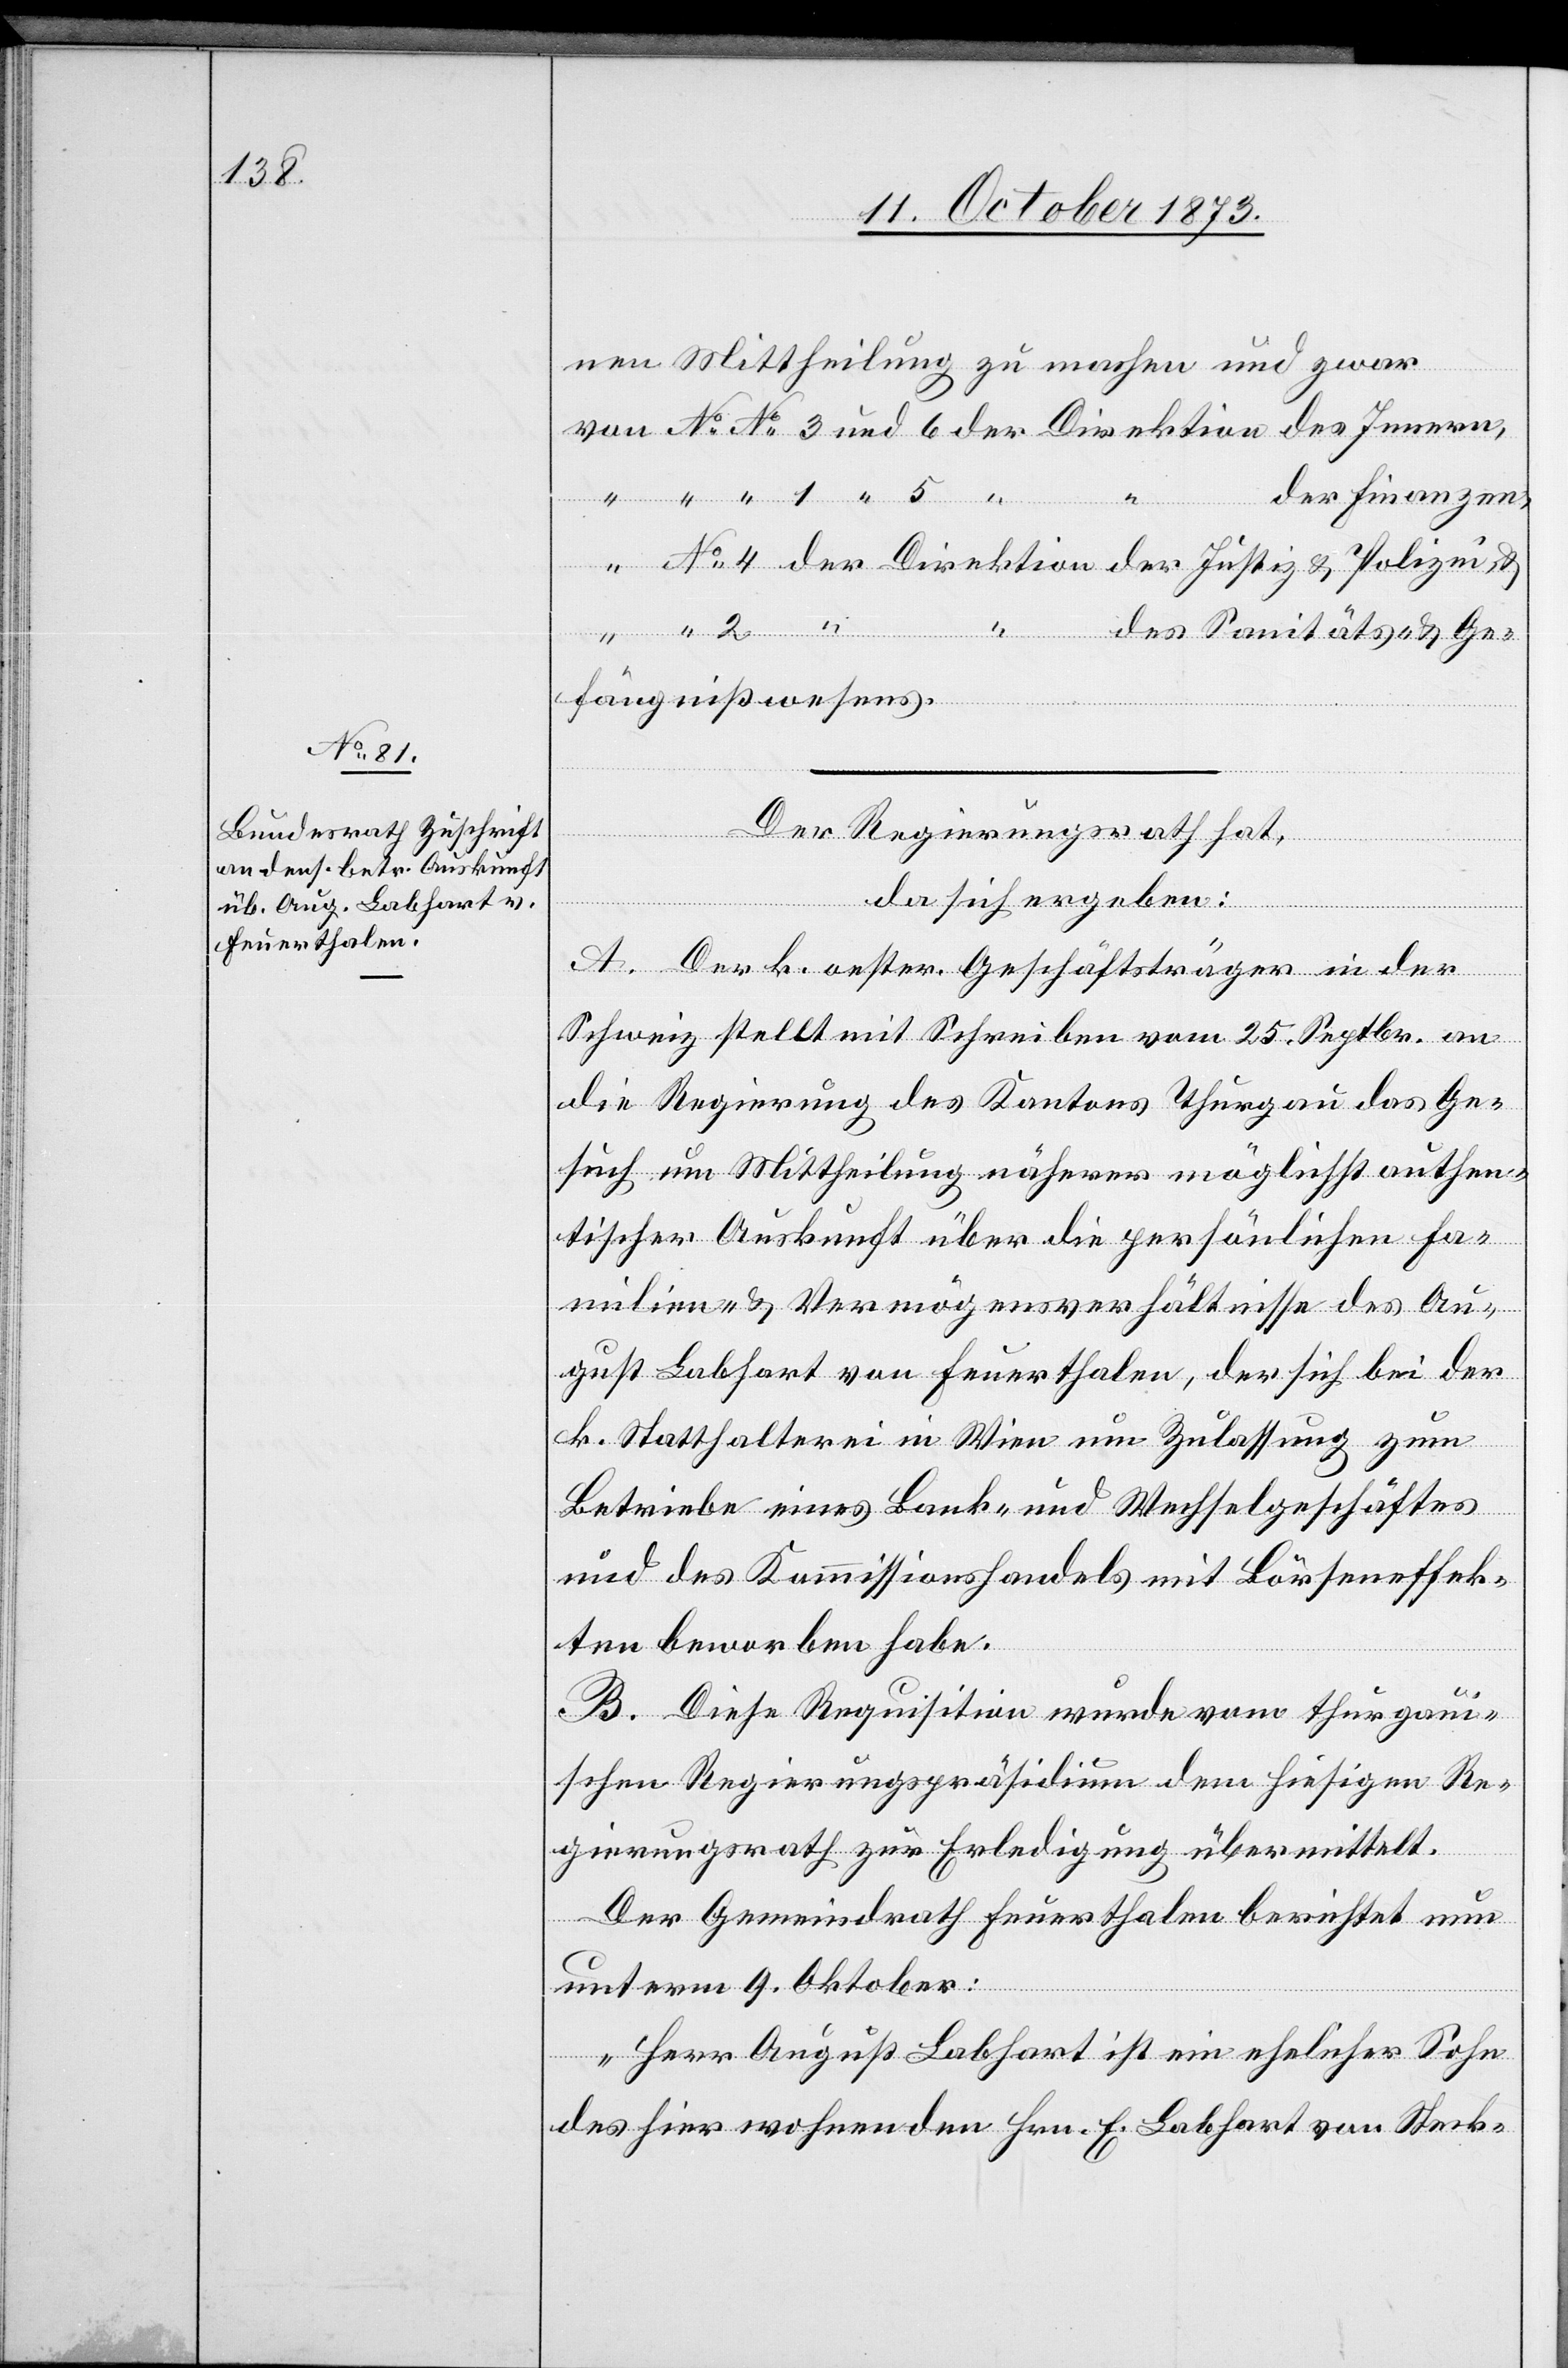
13. October 1873.]
nen Mittheilung zu machen und zwar
der Finanzen,
der Direktion der Justiz & Polizei &
2
und
des Sanitäts- & Ge¬
fängnißwesens.
erfügungen
Der Regierungsrath hat,
da sich ergeben:
A. Der k. oester. Geschäftsträger in der
Schweiz stellt mit Schreiben vom 25. Septbr. an
die Regierung des Kantons Thurgau das Ge¬
such um Mittheilung näherer möglichst authen¬
tischer Auskunft über die persönlichen Fa¬
milien- & Vermögensverhältnisse des Au¬
gust Labhart von Feuerthalen, der sich bei der
k. Statthalterei in Wien um Zulassung zum
der
Betriebe eines Bank- und Wechselgeschäftes
und des Kommissionshandels mit Börseneffek¬
ten beworben habe.
B. Diese Requisition wurde vom thurgaui¬
schen Regierungspräsidium dem hiesigen Re¬
von
gierungsrath zur Erledigung übermittelt.
Der Gemeindrath Feuerthalen berichtet nun
unterm 9. Oktober:
„Herr August Labhart ist ein ehelicher Sohn
des hier wohnenden Hrn. E. Labhart von Steck-